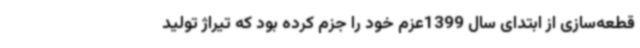
قطعه‌سازی از ابتدای سال 1399عزم خود را جزم کرده بود که تیراژ تولید